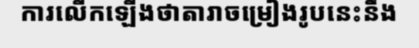
ការលើកឡើងថាតារាចម្រៀងរូបនេះនឹង